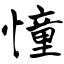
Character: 憧